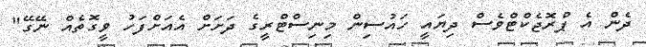
ދެން އެ ޕްރޮޖެކްޓްވެސް ދިޔައީ ހައުސިން މިނިސްޓްރީގެ ދަށަށް އެއަށްފަހު ވީގޮތެއް ނޭގޭ"